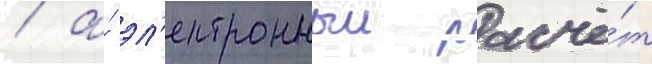
/ а́ эл'ектронныи расчё́т